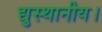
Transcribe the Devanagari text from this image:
द्युस्थानीय।